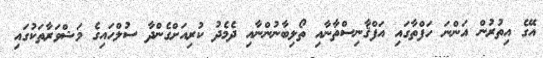
އޭގެ އިތުރުން އަންނަ ހަފްތާގައި އަފްްޤާނިސްތާނާއި ތޯލިބާނުންނާއި ދެމެދު ކުރިއަށްގެންދާ ސުލްހައިގެ މަޝްވަރާތަކުގައި